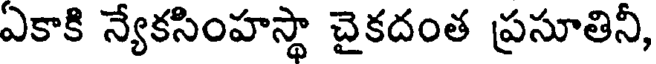
ఎకాకి న్యేకసింహస్థా చైకదంత ప్రసూతినీ,